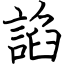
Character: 諂